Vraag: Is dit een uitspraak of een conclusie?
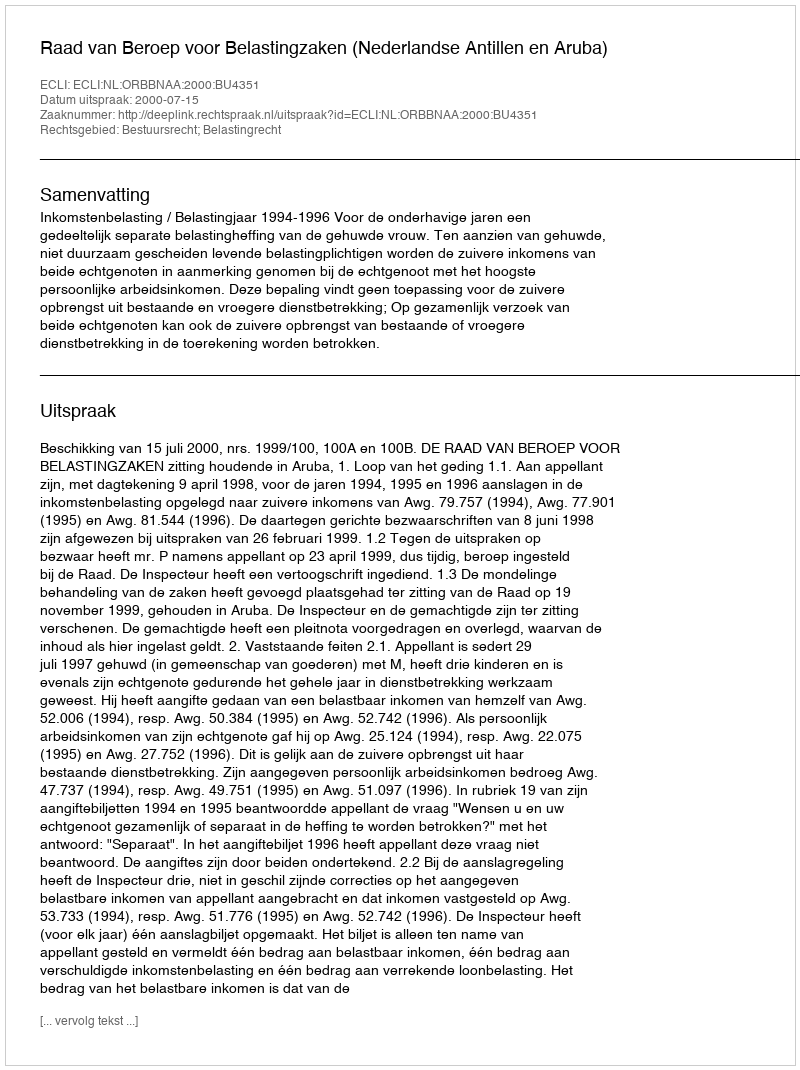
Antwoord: Uitspraak